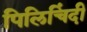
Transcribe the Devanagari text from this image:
पिलिचिंदी